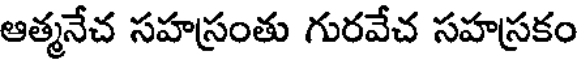
ఆత్మనేచ సహస్రంతు గురవేచ సహస్రకం